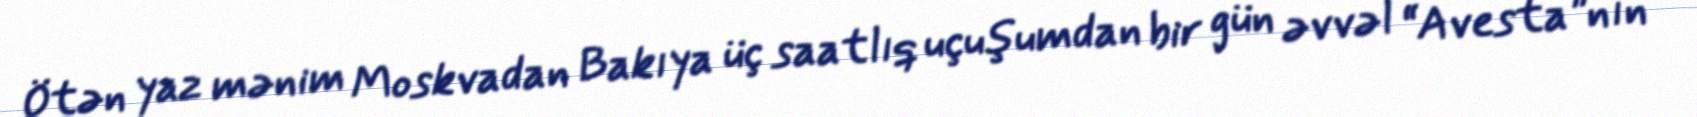
Ötən yaz mənim Moskvadan Bakıya üç saatlıq uçuşumdan bir gün əvvəl “Avesta”nın